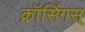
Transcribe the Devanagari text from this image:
क्रॉसिंगस्